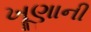
ખૂણાની